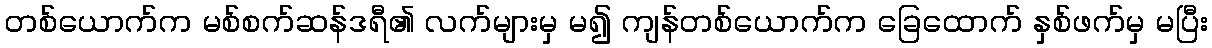
တစ်ယောက်က မစ်စက်ဆန်ဒရီ၏ လက်များမှ မ၍ ကျန်တစ်ယောက်က ခြေထောက် နှစ်ဖက်မှ မပြီး